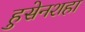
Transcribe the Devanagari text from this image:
हुसेनशहा